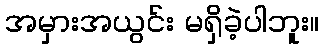
အမှားအယွင်း မရှိခဲ့ပါဘူး။